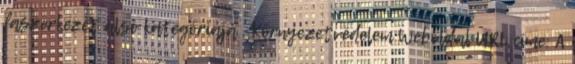
faszerkezet alsó kategóriája . Környezetvédelem Weboldal URL címe: A